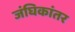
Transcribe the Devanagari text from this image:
जंघिकांतर